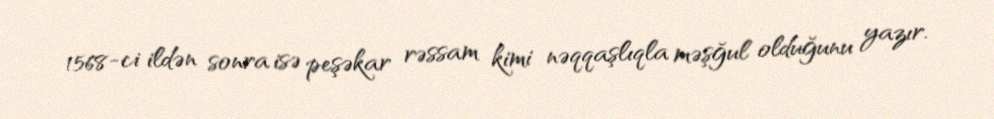
1568-ci ildən sonra isə peşəkar rəssam kimi nəqqaşlıqla məşğul olduğunu yazır.